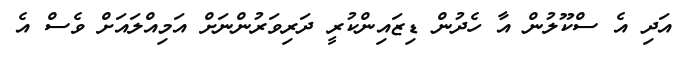
އަދި އެ ސްކޫލުން އާ ހެދުން ޑިޒައިންކުރީ ދަރިވަރުންނަށް އަމިއްލައަށް ވެސް އެ